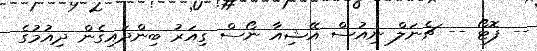
-- ފޮޓޯ -- ޗެނަލް ނިއުސް އޭޝިއާ ނޯސް ގިއަރު ބިންދައިގެން ދިއުމުގެ